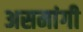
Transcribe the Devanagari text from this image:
असमांगी